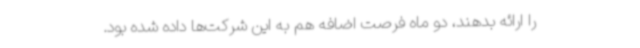
را ارائه بدهند، دو ماه فرصت اضافه هم به این شرکت‌ها داده شده بود.